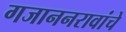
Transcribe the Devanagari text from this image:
गजाननरावांचे